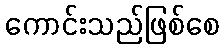
ကောင်းသည်ဖြစ်စေ